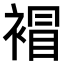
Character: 𧛕